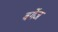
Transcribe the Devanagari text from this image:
बर्गेज